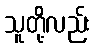
သူတို့လည်း